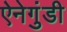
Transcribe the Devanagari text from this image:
ऐनेगुंडी